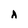
Character: A